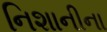
નિશાનીના